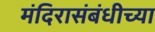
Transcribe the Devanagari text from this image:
मंदिरासंबंधीच्या